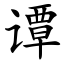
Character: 谭